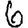
Digit: 6